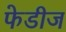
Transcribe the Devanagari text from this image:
फेडीज